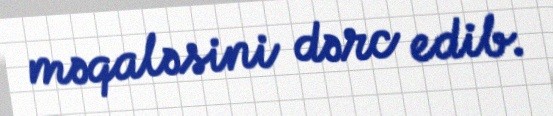
məqaləsini dərc edib.